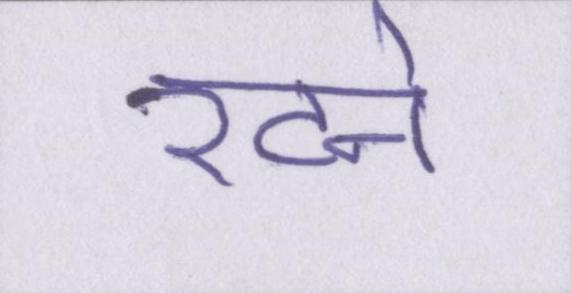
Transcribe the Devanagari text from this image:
रटने